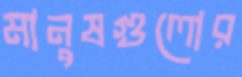
মানুষগুলোর